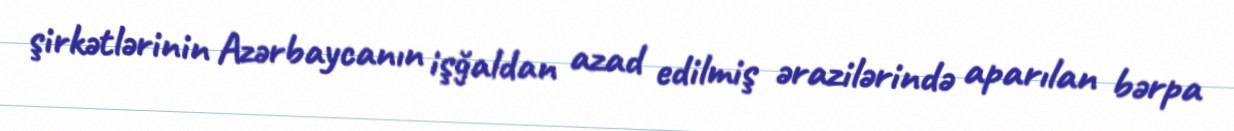
şirkətlərinin Azərbaycanın işğaldan azad edilmiş ərazilərində aparılan bərpa